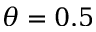
\theta = 0 . 5